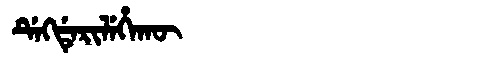
Manchu: ᡩᡝᡴᡩᡝᡵᡳᠯᡝᡥᠠᡴᡡ
Romanization: DEKDERILEHAKŪ